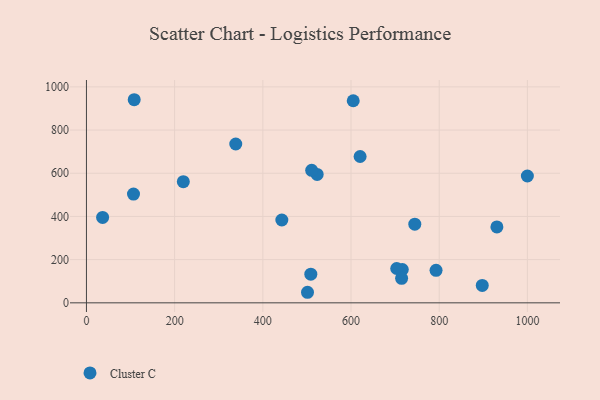
{"axis": {"x": "Engine Size", "y": "Demand"}, "legend": ["Cluster C"], "data": [{"x": "605.0", "y": 935.8, "type": "Cluster C"}, {"x": "897.6", "y": 80.7, "type": "Cluster C"}, {"x": "999.9", "y": 587.3, "type": "Cluster C"}, {"x": "219.7", "y": 561.2, "type": "Cluster C"}, {"x": "620.6", "y": 677.5, "type": "Cluster C"}, {"x": "106.7", "y": 503.6, "type": "Cluster C"}, {"x": "338.6", "y": 735.5, "type": "Cluster C"}, {"x": "523.2", "y": 594.7, "type": "Cluster C"}, {"x": "508.8", "y": 132.7, "type": "Cluster C"}, {"x": "510.8", "y": 613.4, "type": "Cluster C"}, {"x": "716.3", "y": 154.3, "type": "Cluster C"}, {"x": "703.6", "y": 158.9, "type": "Cluster C"}, {"x": "108.3", "y": 940.5, "type": "Cluster C"}, {"x": "36.7", "y": 395.6, "type": "Cluster C"}, {"x": "501.3", "y": 48.9, "type": "Cluster C"}, {"x": "930.8", "y": 351.4, "type": "Cluster C"}, {"x": "792.8", "y": 150.6, "type": "Cluster C"}, {"x": "744.6", "y": 364.2, "type": "Cluster C"}, {"x": "714.7", "y": 113.3, "type": "Cluster C"}, {"x": "443.1", "y": 383.5, "type": "Cluster C"}]}